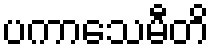
ပကာသေမီတိ